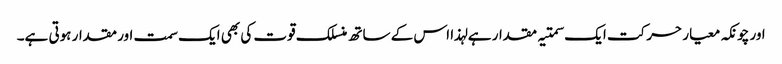
اور چونکہ معیار حرکت ایک سمتیہ مقدار ہے لہذا اس کے ساتھ منسلک قوت کی بھی ایک سمت اور مقدار ہوتی ہے۔